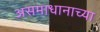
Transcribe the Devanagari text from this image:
असमाधानाच्या